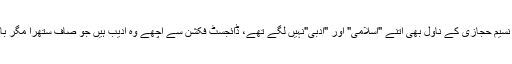
ناول ہوتے ہوں گے سچی کہانیوں والے لیکن مجھے تو نسیم حجازی کے ناول بھی اتنے "اسلامی" اور "ادبی"نہیں لگے تھے، ڈائجسٹ فکشن سے اچھے وہ ادیب ہیں جو صاف ستھرا مگر باقاعدہ ادب لکھ گئے ہیں بھلے ان پر اسلامی کا ٹھپا نہیں۔